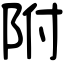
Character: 附